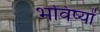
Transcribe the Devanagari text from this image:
भविष्यों